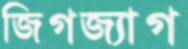
জিগজ্যাগ